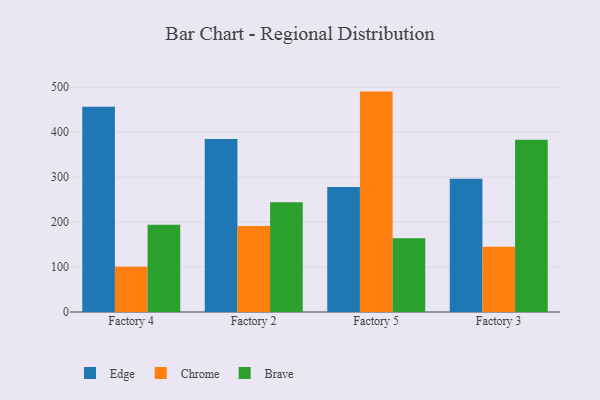
{"axis": {"x": "Factory", "y": "Conversion Rate (%)"}, "legend": ["Brave", "Chrome", "Edge"], "data": [{"x": "Factory 4", "y": 456.5, "type": "Edge"}, {"x": "Factory 4", "y": 100.7, "type": "Chrome"}, {"x": "Factory 4", "y": 194.2, "type": "Brave"}, {"x": "Factory 2", "y": 384.6, "type": "Edge"}, {"x": "Factory 2", "y": 191.4, "type": "Chrome"}, {"x": "Factory 2", "y": 244.2, "type": "Brave"}, {"x": "Factory 5", "y": 278.1, "type": "Edge"}, {"x": "Factory 5", "y": 490.3, "type": "Chrome"}, {"x": "Factory 5", "y": 164.3, "type": "Brave"}, {"x": "Factory 3", "y": 296.7, "type": "Edge"}, {"x": "Factory 3", "y": 145.0, "type": "Chrome"}, {"x": "Factory 3", "y": 383.4, "type": "Brave"}]}